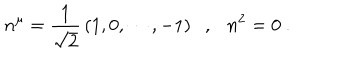
LaTeX: n ^ { \mu } = \frac { 1 } { \sqrt { 2 } } \, ( 1 , 0 , \cdots , - 1 ) \ \ \ , \ \ \ n ^ { 2 } = 0 \ .